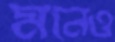
মনেও